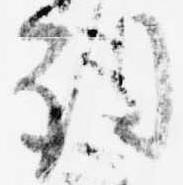
詞